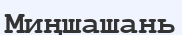
Миңшашань